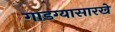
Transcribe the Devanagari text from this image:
गाडग्यासारखे